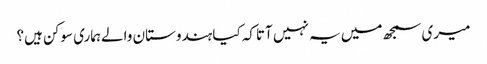
میری سمجھ میں یہ نہیں آتاکہ کیا ہندوستان والےہماری سوکن ہیں؟